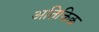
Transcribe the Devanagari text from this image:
अतिक्तिक